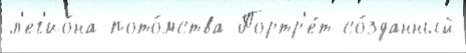
л'ег'ио́на пото́мства Портр'е́т со́зданный